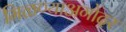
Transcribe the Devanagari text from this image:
मिळण्याअगोदर